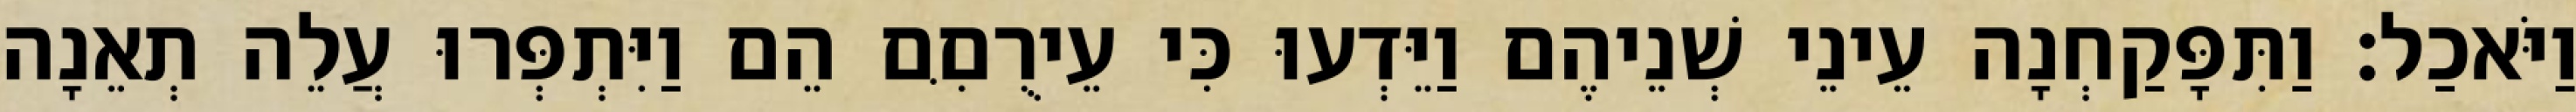
וַיֹּאכַל׃ וַתִּפָּקַחְנָה עֵינֵי שְׁנֵיהֶם וַיֵּדְעוּ כִּי עֵירֻםִּם הֵם וַיִּתְפְּרוּ עֲלֵה תְאֵנָה